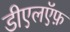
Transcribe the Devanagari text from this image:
डीएलऍफ़